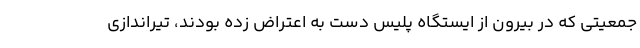
جمعیتی که در بیرون از ایستگاه پلیس دست به اعتراض زده بودند، تیراندازی